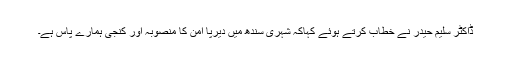
ڈاکٹر سلیم حیدر نے خطاب کرتے ہوئے کہاکہ شہری سندھ میں دیرپا امن کا منصوبہ اور کنجی ہمارے پاس ہے۔